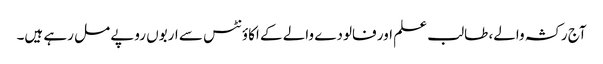
آج رکشہ والے، طالب علم اور فالودے والے کے اکاؤنٹس سے اربوں روپے مل رہے ہیں۔